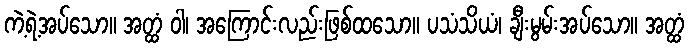
ကဲ့ရဲ့အပ်သော။ အတ္ထံ ဝါ၊ အကြောင်းလည်းဖြစ်ထသော။ ပသံသိယံ၊ ချီးမွမ်းအပ်သော။ အတ္ထံ